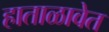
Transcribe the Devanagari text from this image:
हाताळावेत